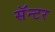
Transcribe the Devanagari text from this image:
सॅन्टर